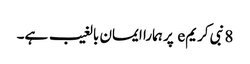
8 نبی کریمe پر ہمارا ایمان بالغیب ہے۔